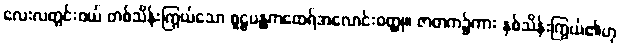
လေးလတွင်းဝယ် တစ်သိန်းကြွယ်သော စူဠပန္ထကထေရ်အလောင်းဝတ္ထု။ ဇာတက၌ကား နှစ်သိန်းကြွယ်၏ဟု